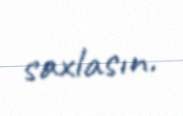
saxlasın.